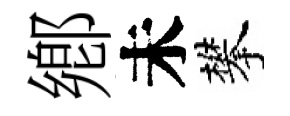
鄕未攀